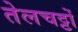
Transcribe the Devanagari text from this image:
तेलचट्टों